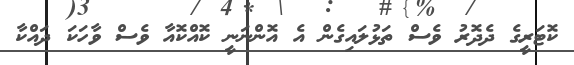
ކޮޓަރީގެ ދެދޮރު ވެސް ތަޅުލައިގެން އެ އޮންނަނީ ކޮއްކޮއާ ވެސް ވާހަކަ ދައްކާ